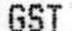
GST